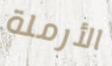
الأرملة